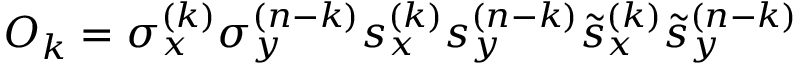
{ \cal O } _ { k } = \sigma _ { x } ^ { ( k ) } \sigma _ { y } ^ { ( n - k ) } s _ { x } ^ { ( k ) } s _ { y } ^ { ( n - k ) } \tilde { s } _ { x } ^ { ( k ) } \tilde { s } _ { y } ^ { ( n - k ) }